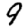
Digit: 9